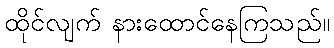
ထိုင်လျက် နားထောင်နေကြသည်။